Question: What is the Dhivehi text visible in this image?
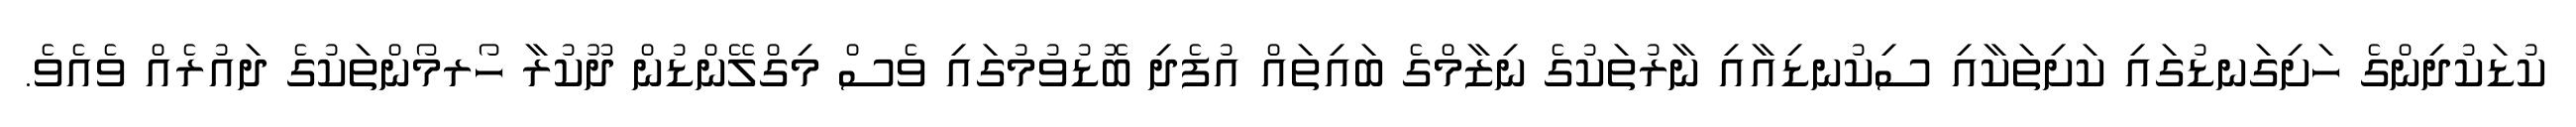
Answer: ކުޑަކުދިންގެ ހަށިގަނޑުގައި ކަށިތަކާއި ސިކުނޑިއާއި ނާރުތަކުގެ ނިޒާމްގެ ބައިތައް އުފެދި ބޮޑުވުމުގައި ވެސް މިގްލޭންޑުން ދޫކުރާ ހޯރމޯންތަކުގެ ދައުރެއް ވެއެވެ.